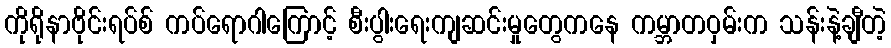
ကိုရိုနာဗိုင်းရပ်စ် ကပ်ရောဂါကြောင့် စီးပွါးရေးကျဆင်းမှုတွေကနေ ကမ္ဘာတဝှမ်းက သန်းနဲ့ချီတဲ့